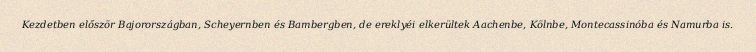
Kezdetben először Bajorországban, Scheyernben és Bambergben, de ereklyéi elkerültek Aachenbe, Kölnbe, Montecassinóba és Namurba is.